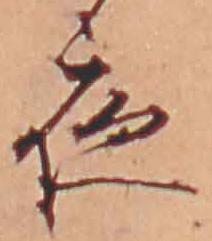
夜